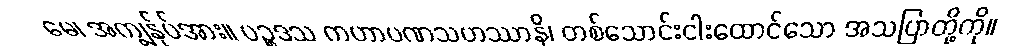
မေ၊ အကျွန်ုပ်အား။ ပဉ္စဒသ ကဟာပဏသဟဿာနိ၊ တစ်သောင်းငါးထောင်သော အသပြာတို့ကို။